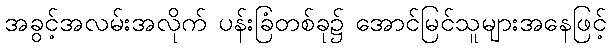
အခွင့်အလမ်းအလိုက် ပန်းခြံတစ်ခု၌ အောင်မြင်သူများအနေဖြင့်